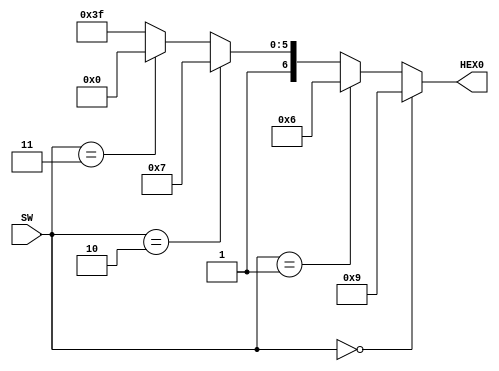
module part4(SW,HEX0);
input [2:0]SW;
output [6:0]HEX0;
// seg = {g,f,e,d,c,b,a};
// 0 is on and 1 is off
// ---a----
// |        |
// f       b
// |        |
// ---g---- 
// |       |
// e       c
// |       |
// ---d----
assign HEX0= (SW[2:0] == 3'b000 )? 7'b000_1001: // H
             (SW[2:0]  == 3'b001 )?7'b000_0110: //E
             (SW[2:0]  == 3'b010 )?7'b100_0111: //L
             (SW[2:0]  == 3'b011 )?7'b100_0000:7'b111_1111 ; //  0 
endmodule